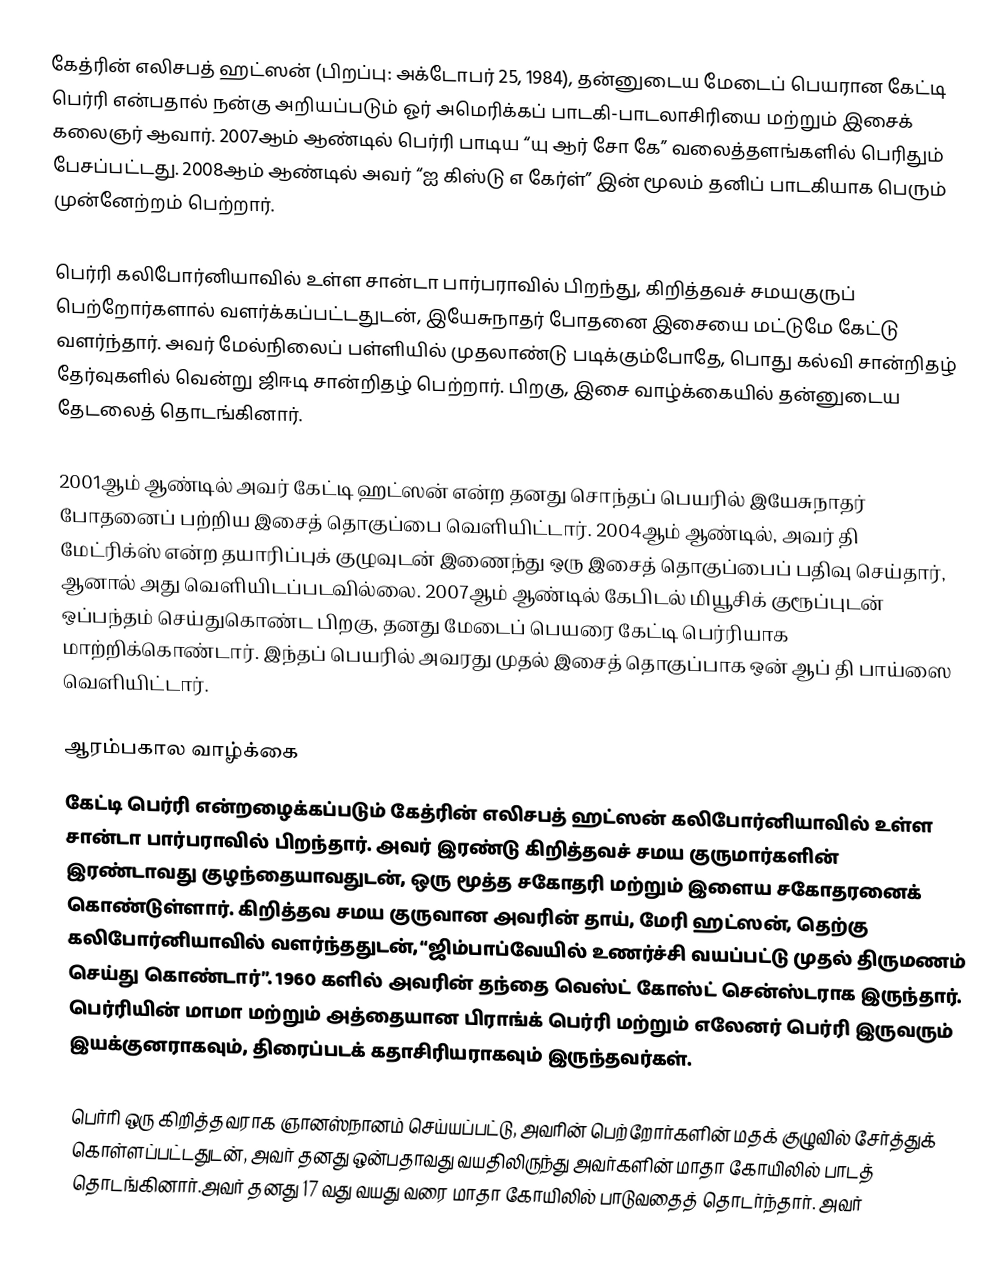
கேத்ரின் எலிசபத் ஹட்ஸன் (பிறப்பு: அக்டோபர் 25, 1984), தன்னுடைய மேடைப் பெயரான கேட்டி பெர்ரி என்பதால் நன்கு அறியப்படும் ஓர் அமெரிக்கப் பாடகி-பாடலாசிரியை மற்றும் இசைக் கலைஞர் ஆவார். 2007ஆம் ஆண்டில் பெர்ரி பாடிய  “யு ஆர் சோ கே” வலைத்தளங்களில் பெரிதும் பேசப்பட்டது.  2008ஆம் ஆண்டில் அவர் “ஐ கிஸ்டு எ கேர்ள்” இன் மூலம் தனிப் பாடகியாக  பெரும் முன்னேற்றம் பெற்றார்.

பெர்ரி கலிபோர்னியாவில் உள்ள சான்டா பார்பராவில் பிறந்து, கிறித்தவச் சமயகுருப் பெற்றோர்களால் வளர்க்கப்பட்டதுடன், இயேசுநாதர் போதனை இசையை மட்டுமே கேட்டு வளர்ந்தார். அவர் மேல்நிலைப் பள்ளியில் முதலாண்டு படிக்கும்போதே, பொது கல்வி சான்றிதழ் தேர்வுகளில் வென்று ஜிஈடி சான்றிதழ் பெற்றார். பிறகு, இசை வாழ்க்கையில் தன்னுடைய தேடலைத் தொடங்கினார்.

2001ஆம் ஆண்டில் அவர் கேட்டி ஹட்ஸன் என்ற தனது சொந்தப் பெயரில் இயேசுநாதர் போதனைப் பற்றிய இசைத் தொகுப்பை வெளியிட்டார். 2004ஆம் ஆண்டில், அவர் தி மேட்ரிக்ஸ் என்ற தயாரிப்புக் குழுவுடன் இணைந்து ஒரு இசைத் தொகுப்பைப் பதிவு செய்தார், ஆனால் அது வெளியிடப்படவில்லை. 2007ஆம் ஆண்டில் கேபிடல் மியூசிக் குரூப்புடன் ஒப்பந்தம் செய்துகொண்ட பிறகு, தனது  மேடைப் பெயரை கேட்டி பெர்ரியாக மாற்றிக்கொண்டார். இந்தப் பெயரில் அவரது முதல் இசைத் தொகுப்பாக ஒன் ஆப் தி பாய்ஸை வெளியிட்டார்.

ஆரம்பகால வாழ்க்கை
கேட்டி பெர்ரி என்றழைக்கப்படும் கேத்ரின் எலிசபத் ஹட்ஸன் கலிபோர்னியாவில் உள்ள சான்டா பார்பராவில் பிறந்தார். அவர் இரண்டு கிறித்தவச் சமய குருமார்களின் இரண்டாவது குழந்தையாவதுடன், ஒரு மூத்த சகோதரி மற்றும் இளைய சகோதரனைக் கொண்டுள்ளார். கிறித்தவ சமய குருவான அவரின் தாய், மேரி ஹட்ஸன், தெற்கு கலிபோர்னியாவில் வளர்ந்ததுடன், “ஜிம்பாப்வேயில் உணர்ச்சி வயப்பட்டு முதல் திருமணம் செய்து கொண்டார்”. 1960 களில் அவரின் தந்தை வெஸ்ட் கோஸ்ட் சென்ஸ்டராக இருந்தார். பெர்ரியின் மாமா மற்றும் அத்தையான பிராங்க் பெர்ரி மற்றும் எலேனர் பெர்ரி இருவரும் இயக்குனராகவும், திரைப்படக் கதாசிரியராகவும் இருந்தவர்கள்.

பெர்ரி ஒரு கிறித்தவராக ஞானஸ்நானம் செய்யப்பட்டு, அவரின் பெற்றோர்களின் மதக் குழுவில் சேர்த்துக் கொள்ளப்பட்டதுடன், அவர் தனது ஒன்பதாவது வயதிலிருந்து அவர்களின் மாதா கோயிலில் பாடத் தொடங்கினார்.அவர் தனது 17 வது வயது வரை மாதா கோயிலில் பாடுவதைத் தொடர்ந்தார். அவர்